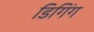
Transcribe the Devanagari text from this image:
डिगिंग